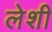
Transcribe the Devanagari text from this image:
लेशी